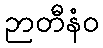
ဉာတီနံဝ